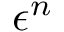
\epsilon ^ { n }